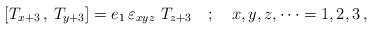
LaTeX: \begin{align*}\left[ T_{x+3} \, , \, T_{y+3}\right] = e_1 \,\varepsilon_{xyz} \, \, T_{z+3}\quad ; \quad x,y,z , \dots = 1,2,3\,, \end{align*}